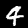
Label: 4